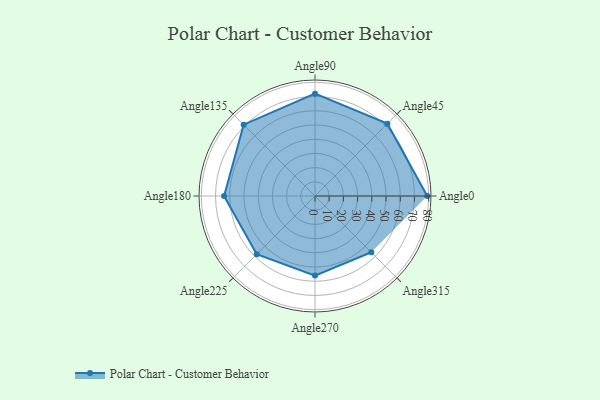
{"axis": {"x": "Angle", "y": "Radius"}, "legend": [""], "data": [{"x": "Angle0", "y": 79.0, "type": ""}, {"x": "Angle45", "y": 72.0, "type": ""}, {"x": "Angle90", "y": 72.0, "type": ""}, {"x": "Angle135", "y": 71.0, "type": ""}, {"x": "Angle180", "y": 64.0, "type": ""}, {"x": "Angle225", "y": 58.0, "type": ""}, {"x": "Angle270", "y": 56.0, "type": ""}, {"x": "Angle315", "y": 56.0, "type": ""}]}